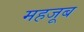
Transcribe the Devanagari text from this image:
महजूब